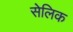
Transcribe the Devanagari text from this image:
सेलिक